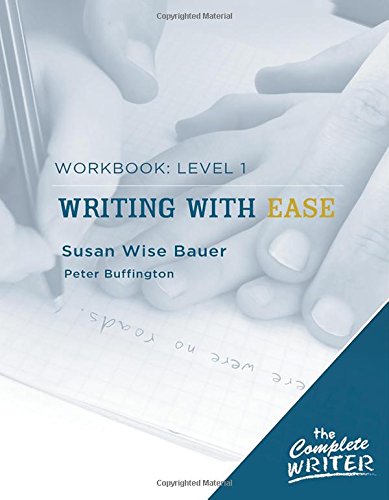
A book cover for The Complete Writer: Level 1 Workbook for Writing with Ease (The Complete Writer); Susan Wise Bauer; Test Preparation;